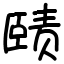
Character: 赜